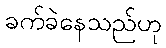
ခက်ခဲနေသည်ဟု